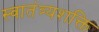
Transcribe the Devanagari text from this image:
स्वातंत्र्यशक्ति